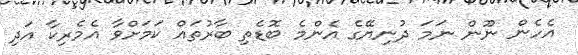
އެހެން ނޫން ނަމަ ދުނިޔޭގެ އެންމެ ބޮޑެތި ބާރުތައް ކަމަށްވާ އެމެރިކާ އަދި